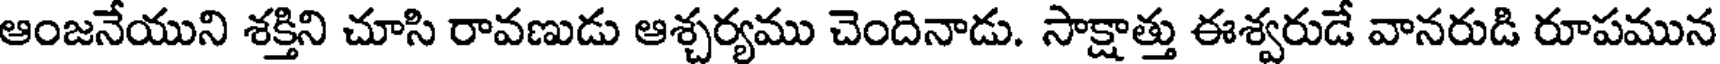
ఆంజనేయుని శక్తిని చూసి రావణుడు ఆశ్చర్యము చెందినాడు. సాక్షాత్తు ఈశ్వరుడే వానరుడి రూపమున